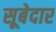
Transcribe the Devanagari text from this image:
सूबेदार